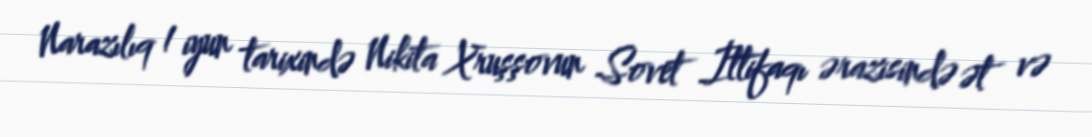
Narazılıq 1 iyun tarixində Nikita Xruşşovun Sovet İttifaqı ərazisində ət və